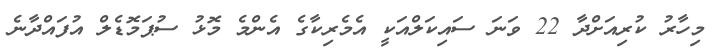
މިހާރު ކުރިއަށްދާ 22 ވަނަ ސައިކަލްއަކީ އެމެރިކާގެ އެންމެ މޮޅު ސުޕަމޮޑެލް އުފައްދާނެ